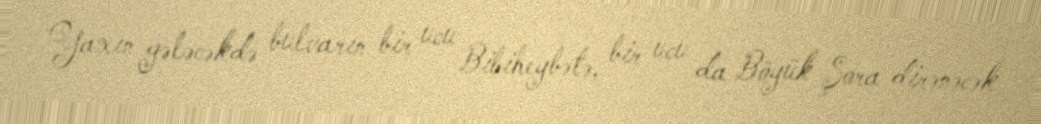
Yaxın gələcəkdə bulvarın bir ucu Bibiheybətə, bir ucu da Böyük Şora dirənəcək